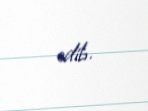
edib.